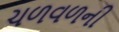
ચળવળની